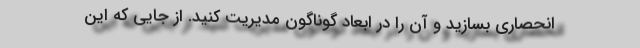
انحصاری بسازید و آن را در ابعاد گوناگون مدیریت کنید. از جایی که این